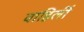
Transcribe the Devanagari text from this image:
वाहिलीं